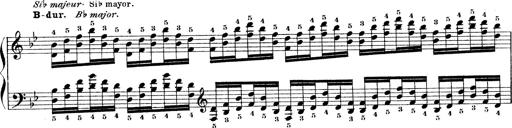
Title: Technische Studien
Composer: Franz Liszt